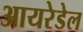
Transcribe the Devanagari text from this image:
आयरेडेल